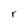
Character: r